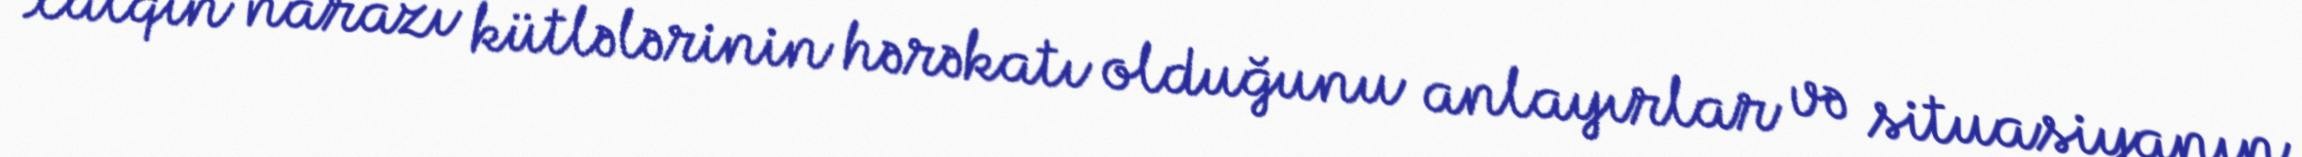
xalqın narazı kütlələrinin hərəkatı olduğunu anlayırlar və situasiyanın